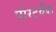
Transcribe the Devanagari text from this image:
पोस्टवैंक